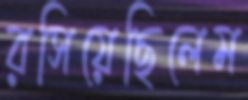
রসিয়েছিলেম